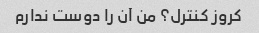
کروز کنترل؟ من آن را دوست ندارم